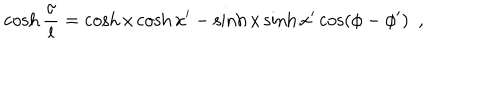
LaTeX: \cosh { \frac { \sigma } { l } } = \cosh x \cosh x ^ { \prime } - \sinh x \sinh x ^ { \prime } \cos ( \phi - \phi ^ { \prime } ) ~ ~ ,